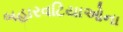
બહારવટિયાઓના